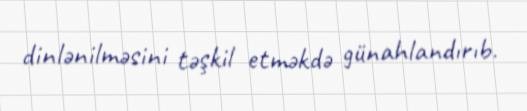
dinlənilməsini təşkil etməkdə günahlandırıb.